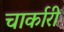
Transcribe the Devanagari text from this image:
चार्कारी